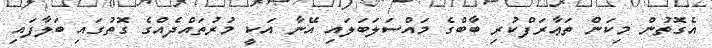
އެގޮތުން މިކަން ތަޢާރަފްކުރި ބާބްގެ މައްސަލަބަލައި އޭނާ އަކީ މުރުތައްދެއްގެ ގޮތުގައި ބަލާފައި